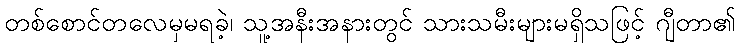
တစ်စောင်တလေမှမရခဲ့၊ သူ့အနီးအနားတွင် သားသမီးများမရှိသဖြင့် ဂျီတာ၏